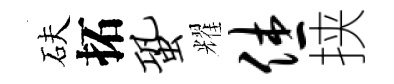
砆拓蛩耀休挟